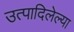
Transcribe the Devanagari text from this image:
उत्पादिलेल्या